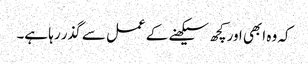
کہ وہ ابھی اور کچھ سیکھنے کے عمل سے گذر رہا ہے۔